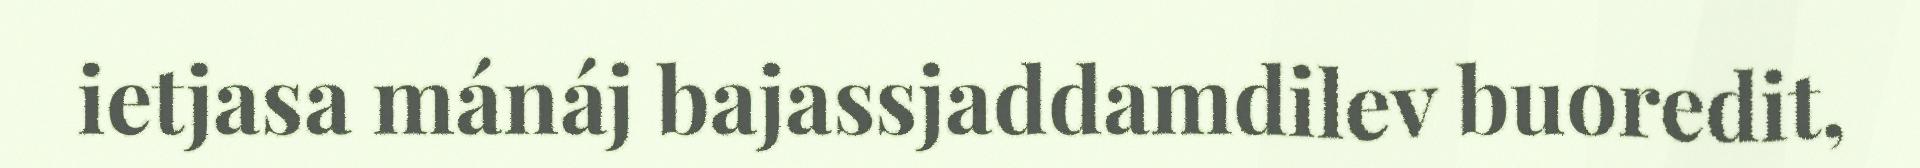
ietjasa mánáj bajassjaddamdilev buoredit,